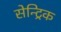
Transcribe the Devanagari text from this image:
सेन्ट्रिक